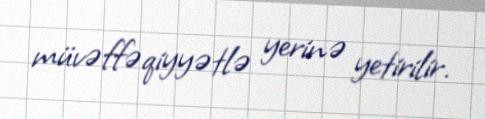
müvəffəqiyyətlə yerinə yetirilir.